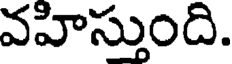
వహిస్తుంది.